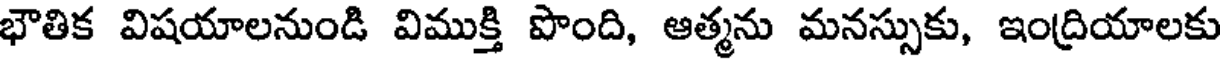
భౌతిక విషయాలనుండి విముక్తి పొంది, ఆత్మను మనస్సుకు, ఇంద్రియాలకు